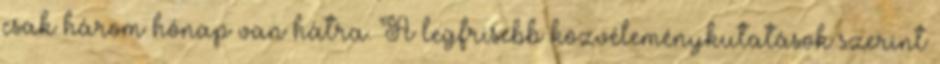
csak három hónap van hátra. A legfrisebb közvéleménykutatások szerint